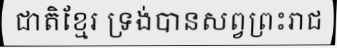
ជាតិខ្មែរ ទ្រង់បានសព្វព្រះរាជ